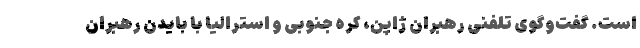
است. گفت‌وگوی تلفنی رهبران ژاپن، کره جنوبی و استرالیا با بایدن رهبران